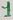
Text: 1